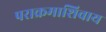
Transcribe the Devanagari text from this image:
पराक्रमाशिवाय